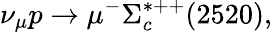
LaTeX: \nu_{\mu}p\rightarrow\mu^{-}\Sigma_{c}^{*++}(2520),